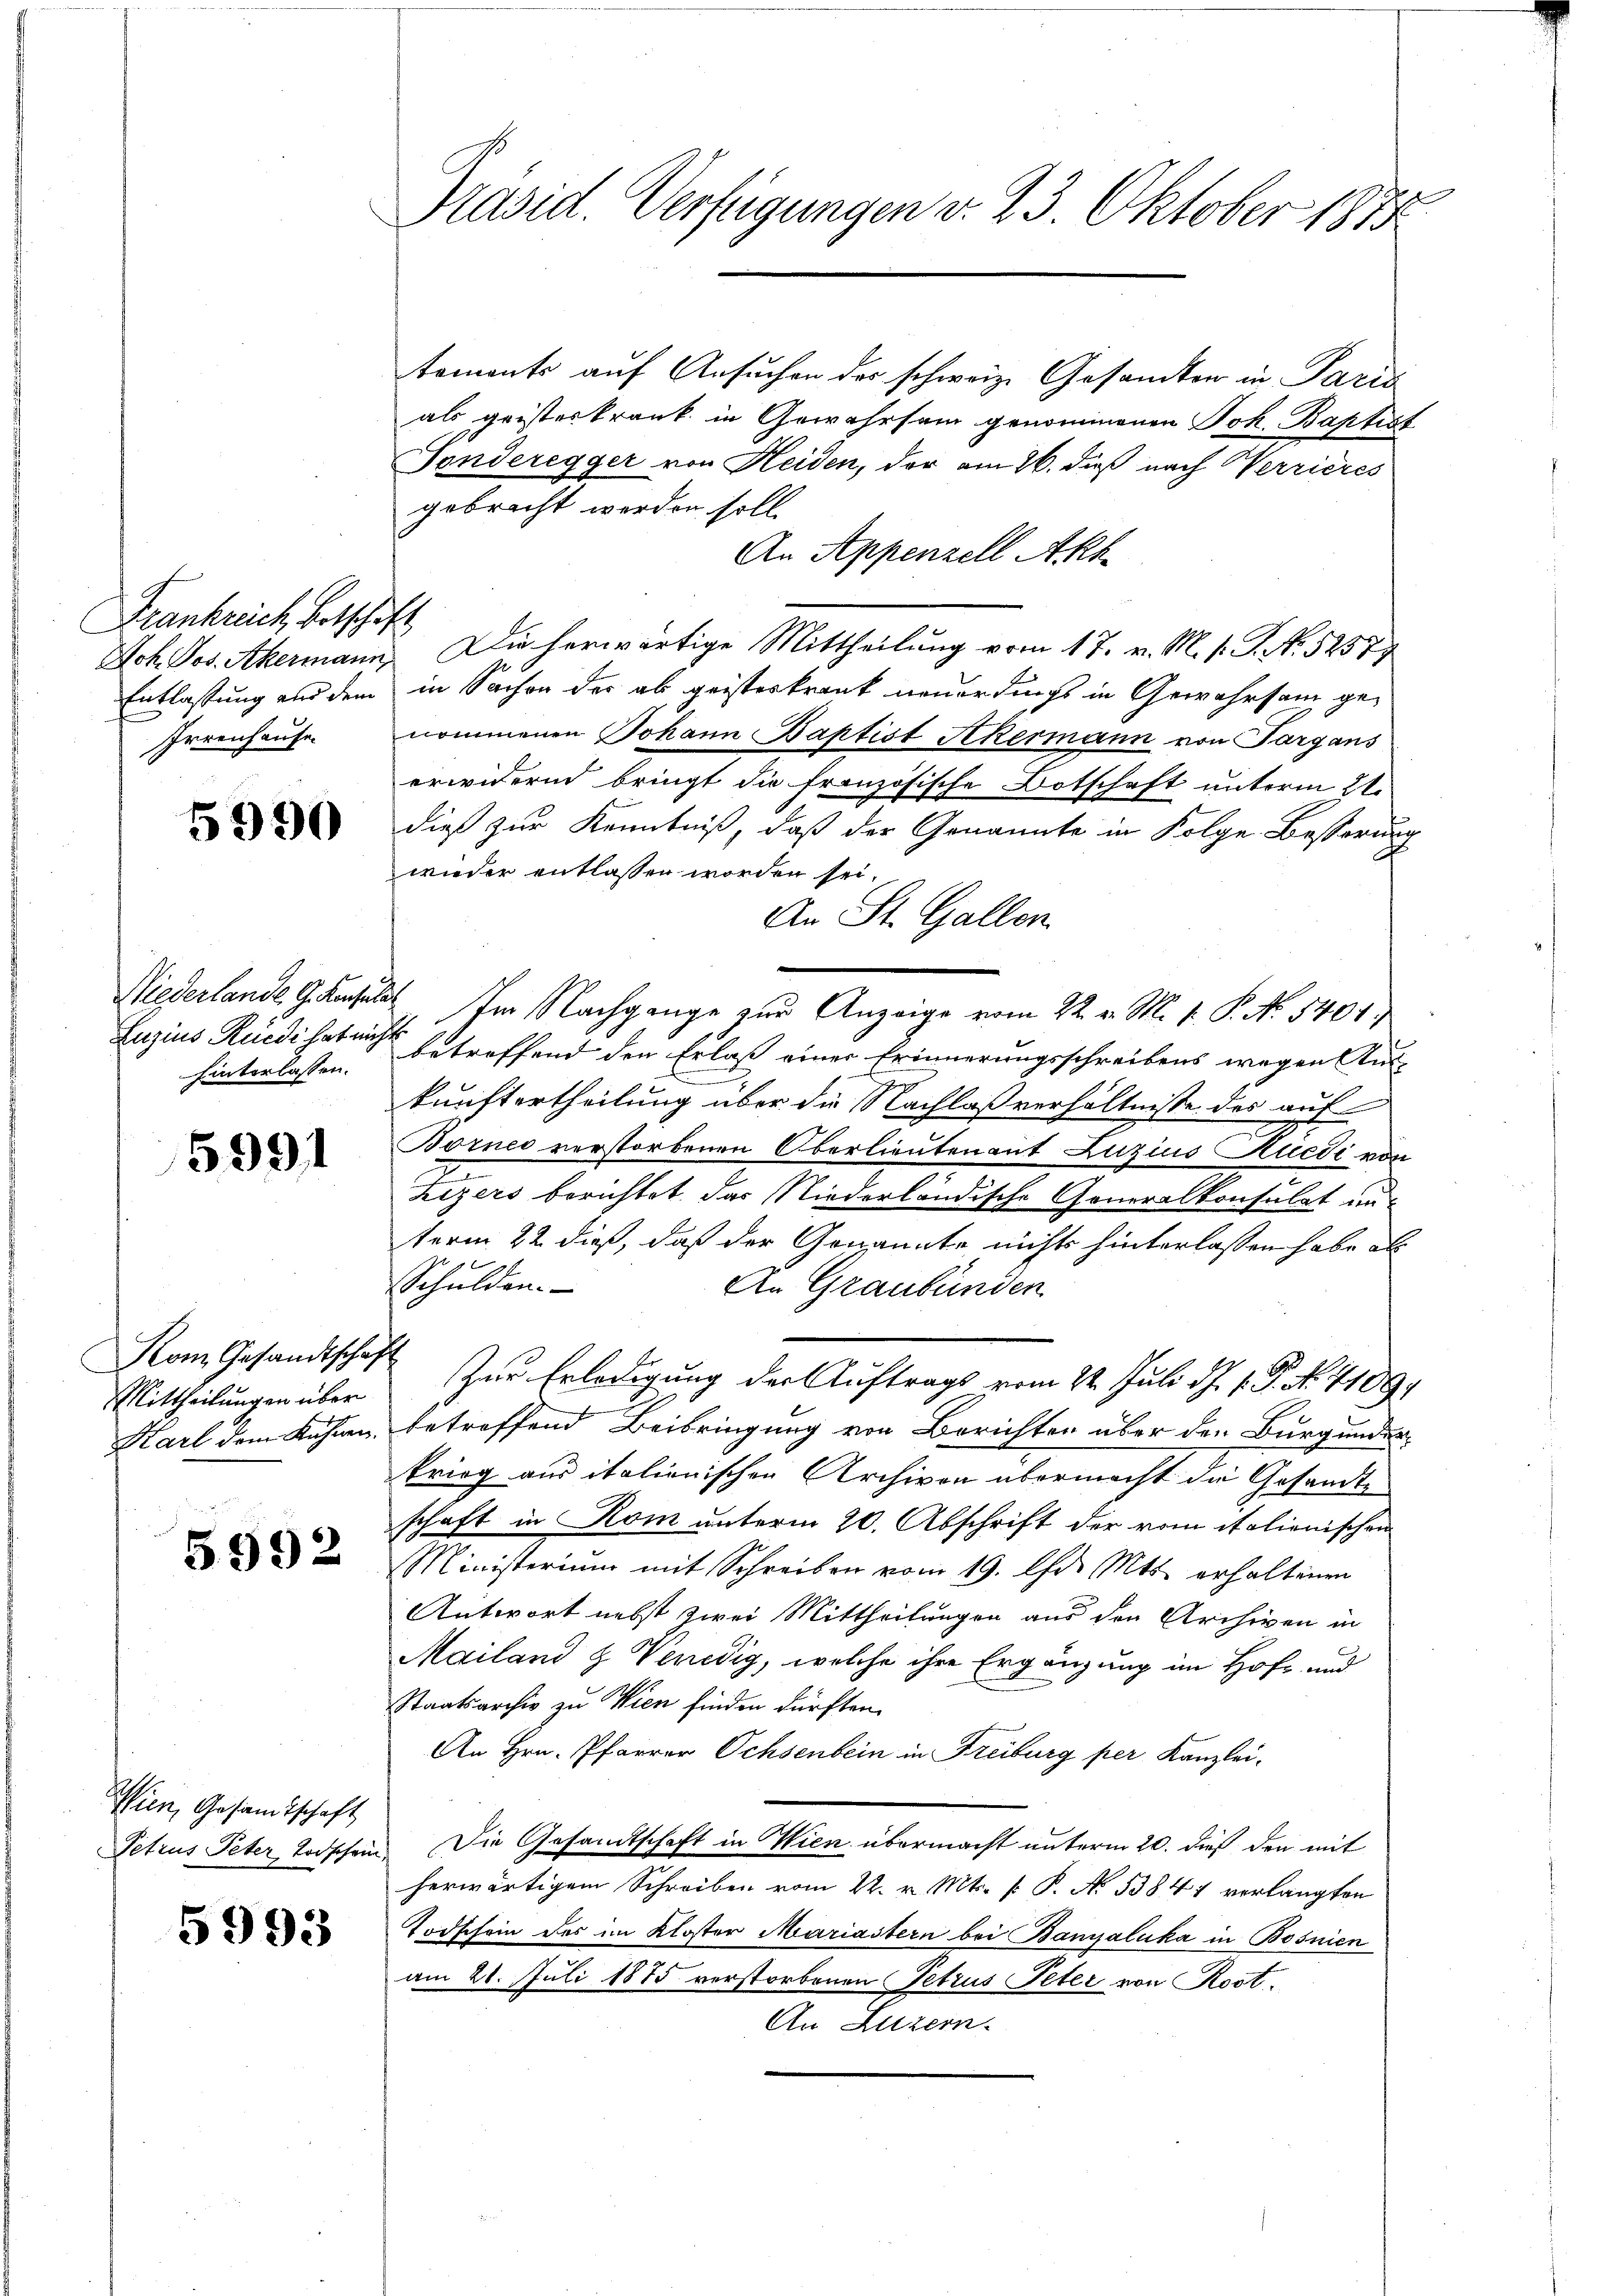
Frankreich Betschäft
Joh. Jos. Akermann,
Entlassung und dem
Irrenhause.

5990

Niederlande G. Kaufer
Luzius Rüedi hat ein
hinterlassen.

5991

Kom Gesandtschaft
Mittheilungen über
Karl dem Kühnen.

5592

Wien, Gesandtschaft
Petrus Peter Todschein

5993

Präsid. Verfügungen v. 23. Oktober 1874

tements auf Ansuchen des schweiz. Gesandten in Paris
als geisterkrank in Gewahrsam genommenen Joh. Baptist
Sonderegger von Heiden, der am 26. dieß nach Werrieres
gebracht werden soll.
An Appenzell Akt
Die herwärtige Mittheilung vom 17. v. M. h. T. No. 5257
in Sachen der ab, geisterkrank neuerdings in Gewahrsam genommenen Johann Baptist Akermann von Pargans
erwidernd bringt die französische Botschaft unterm 21.
dieß zur Kenntniß, daß der Genannte in Folge Besserung
wieder entlassen worden sei,
An St. Gallen.
 Im Nachgange zur Anzeige vom 22. v. M. v. P. N. 5401.
.
betreffend den Erlaß einer Erinnerungsschreibens wegen Aus-
kunftertheilung über die Nachlaßverhältnisse des auf
Bornes verstorbenen Oberlieutenant Luzius Rüedi von
zizers berichtet das Niederländische Generalkonsulat unterm 22 dieß, daß der Genannte nichts hinterlassen habe als
Schulden.
An Graubünden
Zur Erledigung der Auftrags vom 22. Juli d.J. P. P. N. 1109.
betreffend Beibringung von Berichten über den Burgunder-
krieg aus italienischen Archiven übermacht die Gesandte
schaft in Rom unterm 20. Abschrift der vom italienischen
Ministerium mit Schreiben vom 19. Chr. Mts. erhaltenen
Antwort nebst zwei Mittheilungen aus den Archiven in
Mailand & Venedig, welche ihre Ergänzung im Hof- und
Staatsarchiv zu Wien finden dürften.
An Hrn. Pfarrer Ochsenbein in Freiburg per Kanzlei-
Die Gesandtschaft in Wien übermacht unterm 20. dieß den mit
herwärtigem Schreiben vom 22. v. Mts. P. P. No 13847 verlangten
Todschein des im Kloster Mariastern bei Banjaluka in Bosnien
am 21. Juli 1875 verstorbenen Petrus Peter von Rost,
An Luzern